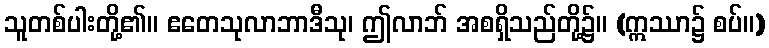
သူတစ်ပါးတို့၏။ ဧတေသုလာဘာဒီသု၊ ဤလာဘ် အစရှိသည်တို့၌။ (ဣဿာ၌ စပ်။)